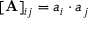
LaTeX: [ \mathbf { A } ] _ { i j } = a _ { i } \cdot a _ { j }